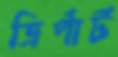
ত্রির্পার্ট